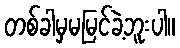
တစ်ခါမှမမြင်ခဲ့ဘူးပါ။